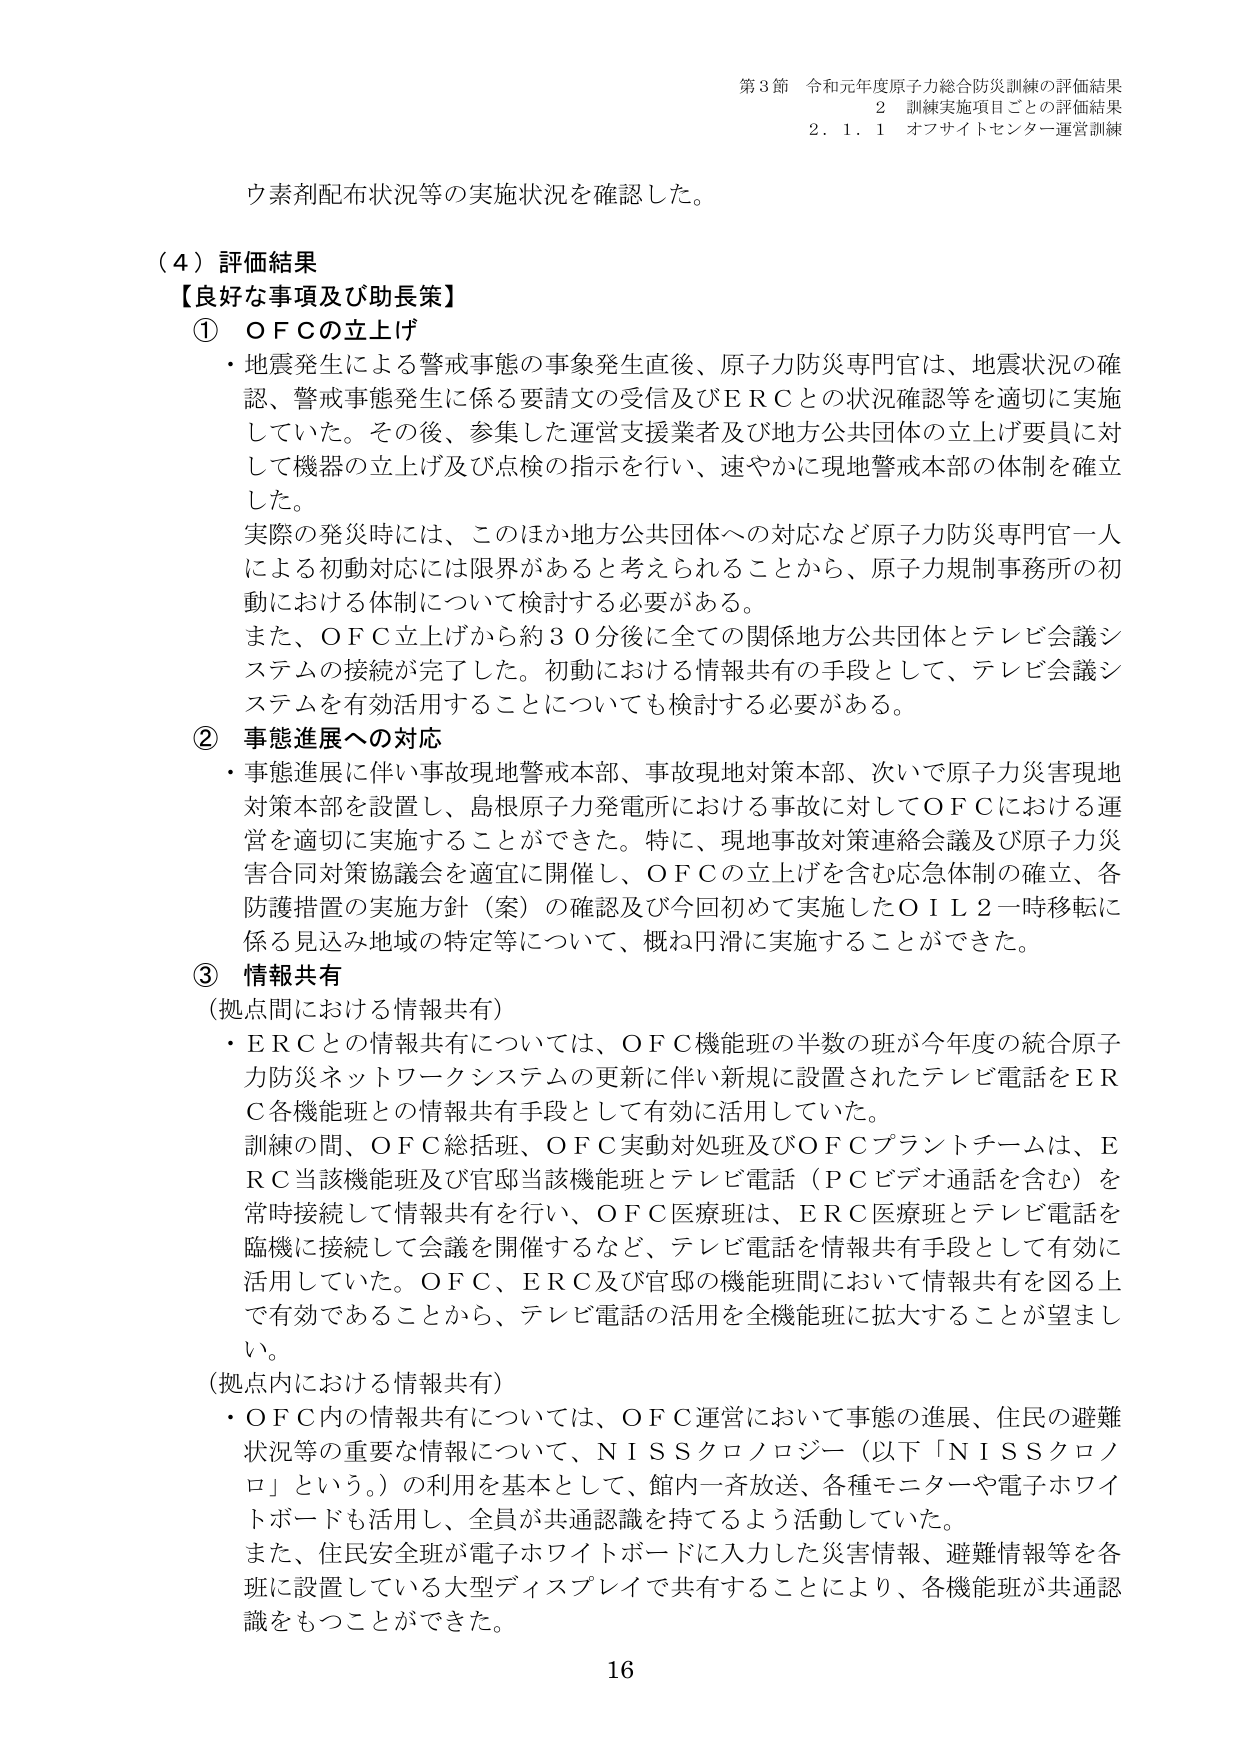
第3節 令和元年度原子力総合防災訓練の評価結果
2 訓練実施項目ごとの評価結果
2.1.1 オフサイトセンター運営訓練

ウ素剤配布状況等の実施状況を確認した。

（4）評価結果
【良好な事項及び助長策】
① ＯＦＣの立上げ
・地震発生による警戒事態の事象発生直後、原子力防災専門官は、地震状況の確認、警戒事態発生に係る要請文の受信及びＥＲＣとの状況確認等を適切に実施していた。その後、参集した運営支援業者及び地方公共団体の立上げ要員に対して機器の立上げ及び点検の指示を行い、速やかに現地警戒本部の体制を確立した。
実際の発災時には、このほか地方公共団体への対応など原子力防災専門官一人による初動対応には限界があると考えられることから、原子力規制事務所の初動における体制について検討する必要がある。
また、ＯＦＣ立上げから約30分後に全ての関係地方公共団体とテレビ会議システムの接続が完了した。初動における情報共有の手段として、テレビ会議システムを有効活用することについても検討する必要がある。

② 事態進展への対応
・事態進展に伴い事故現地警戒本部、事故現地対策本部、次いで原子力災害現地対策本部を設置し、島根原子力発電所における事故に対してＯＦＣにおける運営を適切に実施することができた。特に、現地事故対策連絡会議及び原子力災害合同対策協議会を適宜に開催し、ＯＦＣの立上げを含む応急体制の確立、各防護措置の実施方針（案）の確認及び今回初めて実施したＯＩＬ2一時移転に係る見込み地域の特定等について、概ね円滑に実施することができた。

③ 情報共有
（拠点間における情報共有）
・ＥＲＣとの情報共有については、ＯＦＣ機能班の半数の班が今年度の統合原子力防災ネットワークシステムの更新に伴い新規に設置されたテレビ電話をＥＲＣ各機能班との情報共有手段として有効に活用していた。
訓練の間、ＯＦＣ総括班、ＯＦＣ実動対処班及びＯＦＣプラントチームは、ＥＲＣ当該機能班及び官邸当該機能班とテレビ電話（ＰＣビデオ通話を含む）を常時接続して情報共有を行い、ＯＦＣ医療班は、ＥＲＣ医療班とテレビ電話を臨機に接続して会議を開催するなど、テレビ電話を情報共有手段として有効に活用していた。ＯＦＣ、ＥＲＣ及び官邸の機能班間において情報共有を図る上で有効であることから、テレビ電話の活用を全機能班に拡大することが望ましい。

（拠点内における情報共有）
・ＯＦＣ内の情報共有については、ＯＦＣ運営において事態の進展、住民の避難状況等の重要な情報について、ＮＩＳＳクロノロジー（以下「ＮＩＳＳクロノロ」という。）の利用を基本として、館内一斉放送、各種モニターや電子ホワイトボードも活用し、全員が共通認識を持てるよう活動していた。
また、住民安全班が電子ホワイトボードに入力した災害情報、避難情報等を各班に設置している大型ディスプレイで共有することにより、各機能班が共通認識をもつことができた。

16